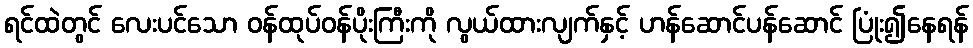
ရင်ထဲတွင် လေးပင်သော ဝန်ထုပ်ဝန်ပိုးကြီးကို လွယ်ထားလျက်နှင့် ဟန်ဆောင်ပန်ဆောင် ပြုံး၍နေရန်